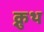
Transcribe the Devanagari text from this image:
क्नुथ